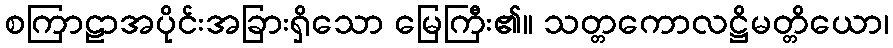
စကြာဠာအပိုင်းအခြားရှိသော မြေကြီး၏။ သတ္တကောလဋ္ဌိမတ္တိယော၊